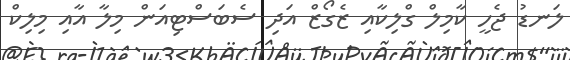
ލަނޑު ޖެހީ ކާމިލް ގްލިކާއި ޒެގޯޒް އަދި ސެބަސްޓިއަން މިލާ އާއި މިލިކް